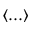
\langle . . . \rangle